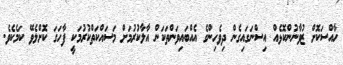
ހާއްސަކޮށް ޒުވާނުންކޮޅެއް އިސްނަގައިގެން ދިވެހިންގެ އެއްބައިވަންތަކަން އާލާކުރުމަށް މަސައްކަތްކުރުމަކީ ފާހަގަ ކޮށްލެވޭ ކަމެކެވެ.